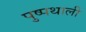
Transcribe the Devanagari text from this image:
पुष्पथाली